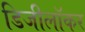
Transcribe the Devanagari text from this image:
डिजीलॉकर